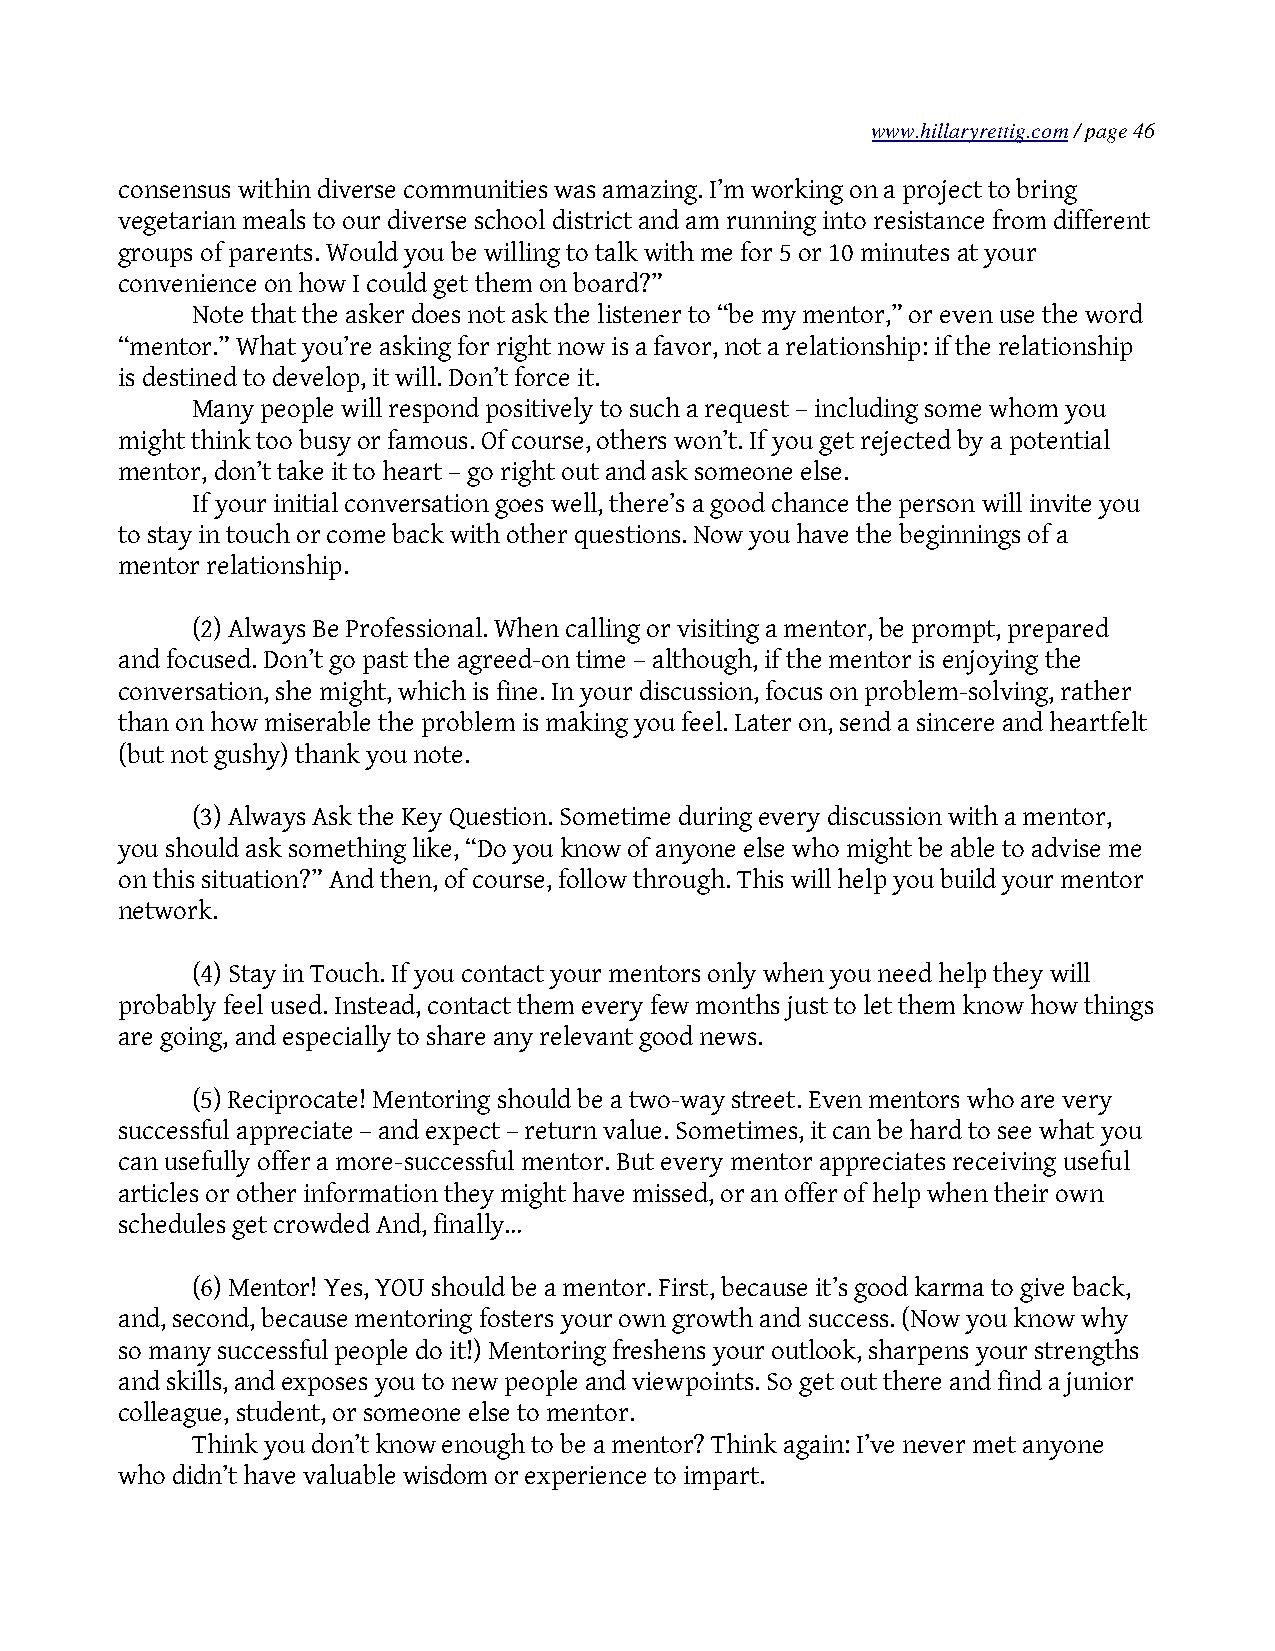
www.hillaryrettig.com / page 46
 consensus within diverse communities was amazing. I’m working on a project to bring
 vegetarian meals to our diverse school district and am running into resistance from different
 groups of parents. Would you be willing to talk with me for 5 or 10 minutes at your
 convenience on how I could get them on board?”
 Note that the asker does not ask the listener to “be my mentor,” or even use the word
 “mentor.” What you’re asking for right now is a favor, not a relationship: if the relationship
 is destined to develop, it will. Don’t force it.
 Many people will respond positively to such a request – including some whom you
 might think too busy or famous. Of course, others won’t. If you get rejected by a potential
 mentor, don’t take it to heart – go right out and ask someone else.
 If your initial conversation goes well, there’s a good chance the person will invite you
 to stay in touch or come back with other questions. Now you have the beginnings of a
 mentor relationship.
 (2) Always Be Professional. When calling or visiting a mentor, be prompt, prepared
 and focused. Don’t go past the agreed-on time – although, if the mentor is enjoying the
 conversation, she might, which is fine. In your discussion, focus on problem-solving, rather
 than on how miserable the problem is making you feel. Later on, send a sincere and heartfelt
 (but not gushy) thank you note.
 (3) Always Ask the Key Question. Sometime during every discussion with a mentor,
 you should ask something like, “Do you know of anyone else who might be able to advise me
 on this situation?” And then, of course, follow through. This will help you build your mentor
 network.
 (4) Stay in Touch. If you contact your mentors only when you need help they will
 probably feel used. Instead, contact them every few months just to let them know how things
 are going, and especially to share any relevant good news.
 (5) Reciprocate! Mentoring should be a two-way street. Even mentors who are very
 successful appreciate – and expect – return value. Sometimes, it can be hard to see what you
 can usefully offer a more-successful mentor. But every mentor appreciates receiving useful
 articles or other information they might have missed, or an offer of help when their own
 schedules get crowded And, finally…
 (6) Mentor! Yes, YOU should be a mentor. First, because it’s good karma to give back,
 and, second, because mentoring fosters your own growth and success. (Now you know why
 so many successful people do it!) Mentoring freshens your outlook, sharpens your strengths
 and skills, and exposes you to new people and viewpoints. So get out there and find a junior
 colleague, student, or someone else to mentor.
 Think you don’t know enough to be a mentor? Think again: I’ve never met anyone
 who didn’t have valuable wisdom or experience to impart.